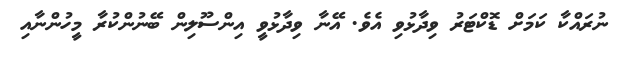
ނުރައްކާ ކަމަށް ޑޮކްޓަރު ވިދާޅުވި އެވެ. އޭނާ ވިދާޅުވީ އިންސޫލިން ބޭނުންކުރާ މީހުންނާއި